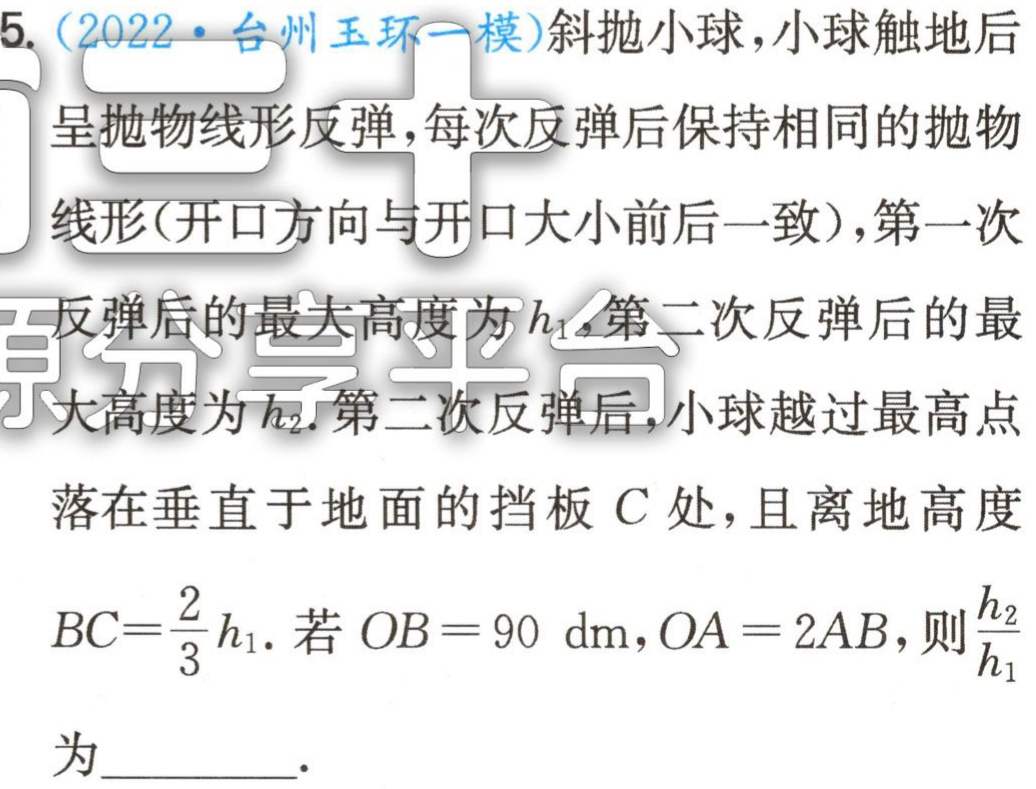
5. (2022·台州玉环一模)斜抛小球，小球触地后

呈抛物线形反弹，每次反弹后保持相同的抛物

线形(开口方向与开口大小前后一致)，第一次

反弹后的最大高度为\(h_{1}\)，第二次反弹后的最

大高度为\(h_{2}\). 第二次反弹后，小球越过最高点

落在垂直于地面的挡板\(C\)处，且离地高度

\(BC = \frac{2}{3}h_{1}\). 若\(OB = 90\mathrm{\ dm},OA = 2AB\)，则\(\frac{h_{2}}{h_{1}}\)

为________.